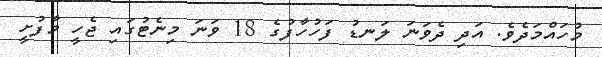
މުހައްމަދެވެ. އަދި ދެވަނަ ލަނޑު ފަހުހާފުގެ 18 ވަނަ މިނެޓުގައި ޖެހީ މާފުށީ